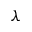
\lambda